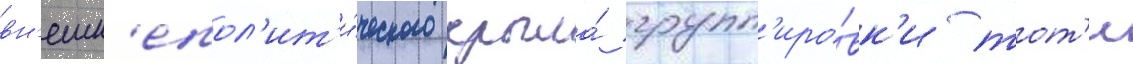
вн'ешн'епол'ит'и́ческого крыла́ групп'иро́вк'и тот'и